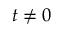
t \neq 0